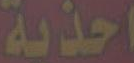
احذية